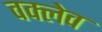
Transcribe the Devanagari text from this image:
वक्लेव